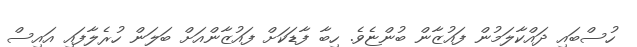
ހުސްބައި ދައްކާލަމުން ފައުޒާން ބުންޏެވެ. ހިބާ ފާޑަކަށް ފައުޒާންއަށް ބަލަން ހުރެލާފައި އައިސް